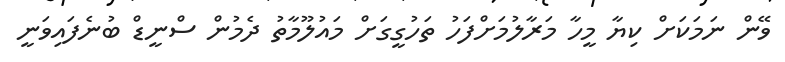
ވޭން ނަމަކަށް ކިޔާ މީހާ މަރާލުމަށްފަހު ތަހުގީގަށް މައުލޫމާތު ދެމުން ސްނީޑް ބުނެފައިވަނީ